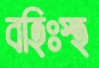
বহিঃস্হ